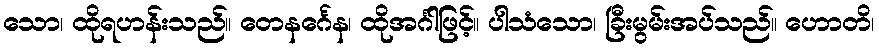
သော၊ ထိုရဟန်းသည်။ တေနင်္ဂေန၊ ထိုအင်္ဂါဖြင့်။ ပါသံသော၊ ခြီးမွမ်းအပ်သည်။ ဟောတိ၊